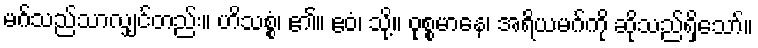
မဂ်သည်သာလျှင်တည်း။ ဟိသစ္စံ၊ ၏။ ဧဝံ၊ သို့။ ဝုစ္စမာနေ၊ အရိယမဂ်ကို ဆိုသည်ရှိသော်။